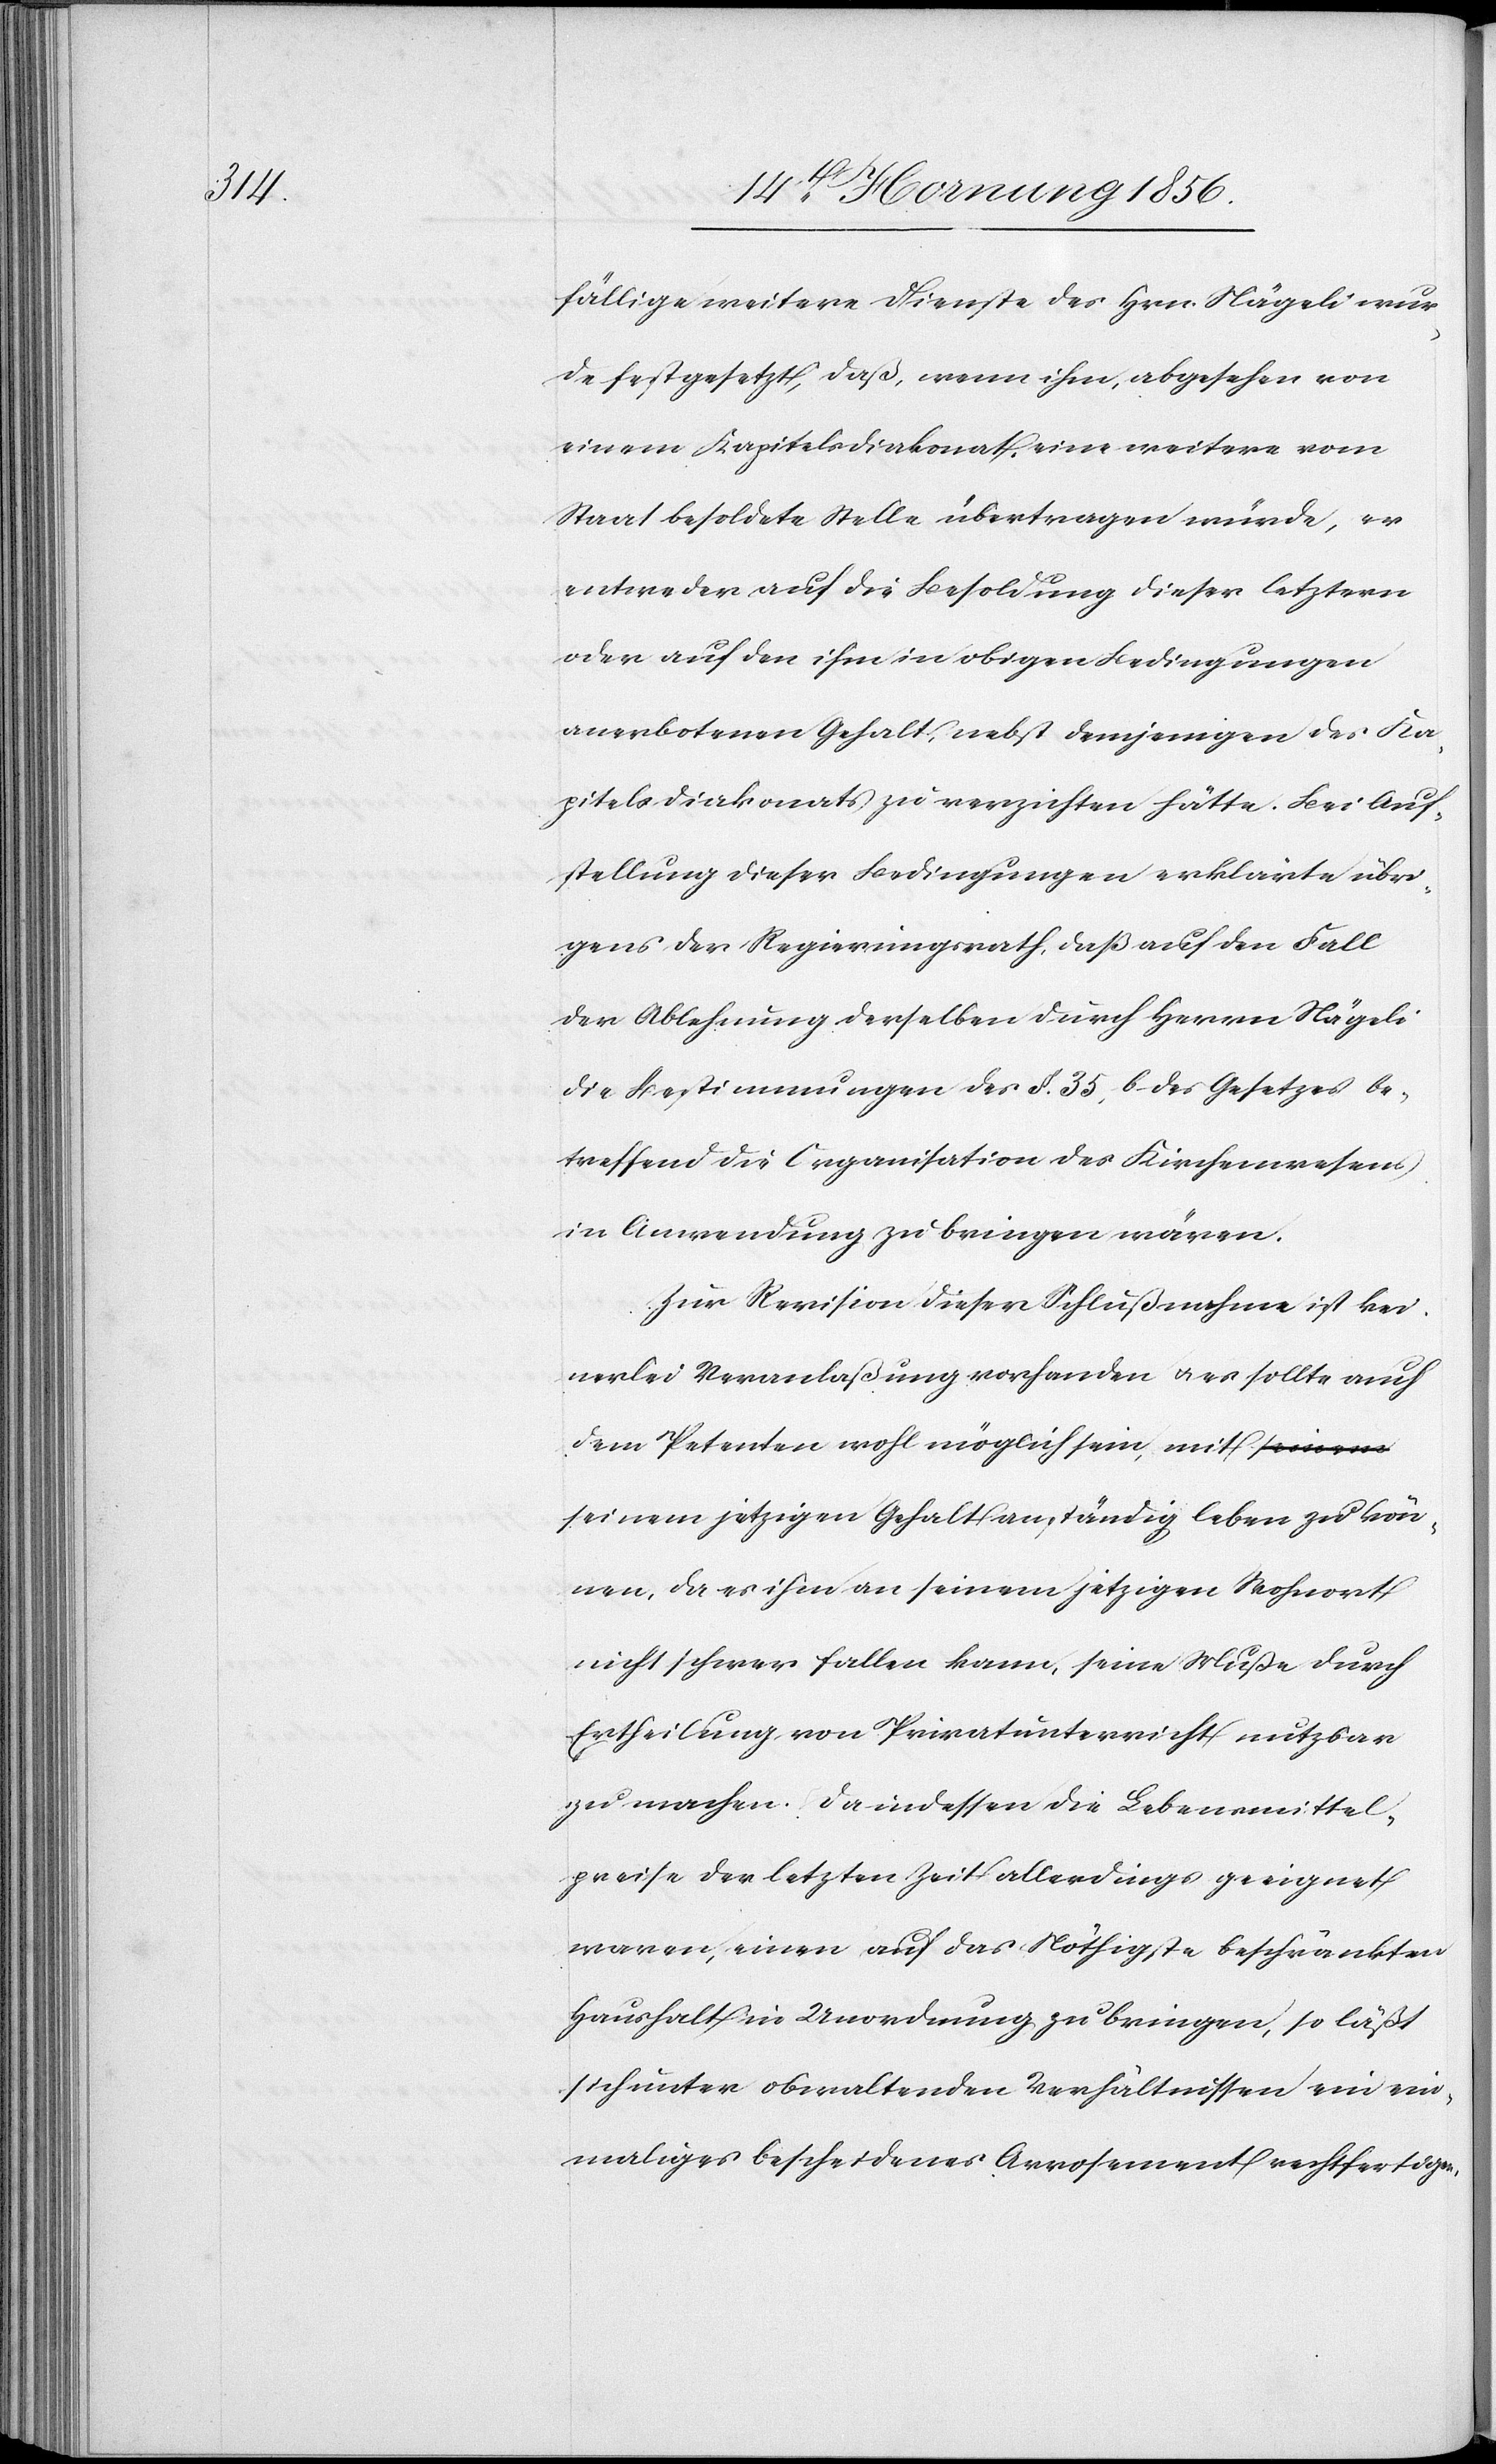
fällige weitere Dienste des Hrn. Nägeli wur¬
de festgesetzt, daß, wenn ihm, abgesehen von
einem Kapitelsdiakonat, eine weitere vom
Staat besoldete Stelle übertragen würde, er
entweder auf die Besoldung dieser letztern
oder auf den ihm in obigen Bedingungen
anerbotenen Gehalt, nebst demjenigen des Ka¬
pitelsdiakonats zu verzichten hätte. Bei Auf¬
stellung dieser Bedingungen erklärte übri¬
gens der Regierungsrath, daß auf den Fall
der Ablehnung derselben durch Herrn Nägeli
die Bestimmungen des §. 35, b des Gesetzes be¬
treffend die Organisation des Kirchenwesens
in Anwendung zu bringen wäre.
Zur Revision dieser Schlußnahme ist kei¬
nerlei Veranlaßung vorhanden u. es sollte auch
dem Petenten wohl möglich sein, mit s¬
einem jetzigen Gehalt anständig leben zu kön¬
nen, da es ihm an seinem jetzigen Wohnort
nicht schwer fallen kann, seine Muße durch
Ertheilung von Privatunterricht nutzbar
zu machen. Da indessen die Lebensmittel¬
preise der letzten Zeit allerdings geeignet
waren, einen auf das Nöthigste beschränkten
Haushalt in Unordnung zu bringen, so läßt
sich unter obwaltenden Verhältnissen ein ein¬
maliges bescheidenes Arrosement rechtfertigen.